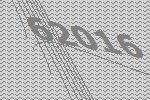
62016